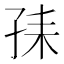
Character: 𡥤